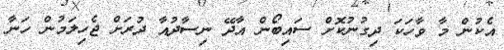
އެކުން މާ ވާހަކަ ދިގުނުކޮށް ސައިބޯން އާދޭ ނިސާދުއާ ދުރަށް ޖެހިލަމުން ހަނާ